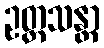
ဥတ္တသန္တာ